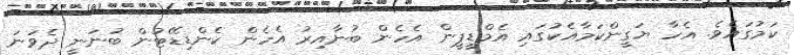
ކަމުގައެވެ. އެހާ ޔަގީންކަމާއެކުގައި އެމްޑީޕީން އެހެން ބުނާއިރު އެހެން ކެންޑިޑޭޓުން ބުނަނީ ދެވަނަ